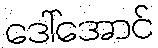
ဒေါ်အောင်